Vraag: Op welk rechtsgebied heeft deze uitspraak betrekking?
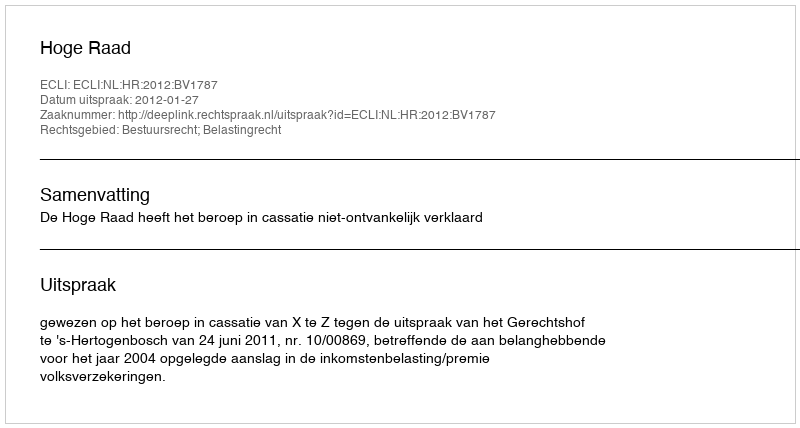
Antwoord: Bestuursrecht; Belastingrecht